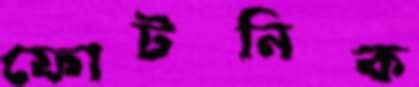
ফোটনিক